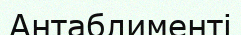
Антаблименті